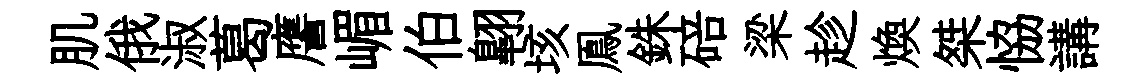
肌俄淑葛譍嵋伯翺垓鳯銖碚梁趁煥桀恊講